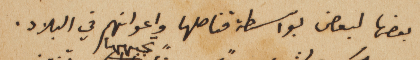
بعضها لبعض بواسطة قناصلها واعوانهم في البلاد.